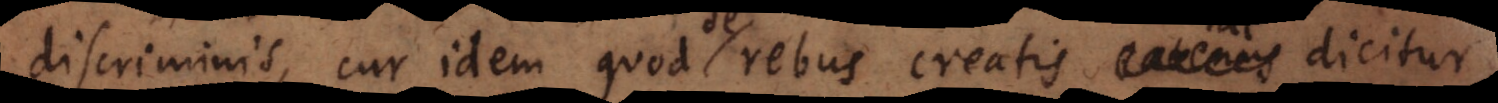
discriminis, cur idem quod rebus creatis eatenus